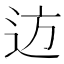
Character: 䢍